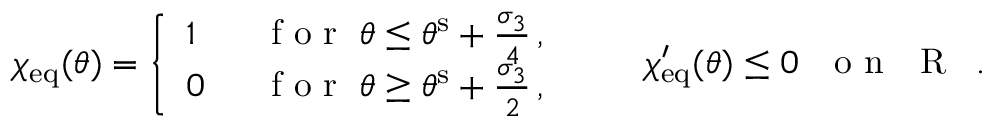
\begin{array} { r } { \chi _ { \mathrm { e q } } ( \theta ) = \left\{ \begin{array} { l l } { 1 } & { \, \, \, \mathrm { ~ f ~ o ~ r ~ } \; \theta \leq \theta ^ { \mathrm { s } } + \frac { \sigma _ { 3 } } { 4 } \, , } \\ { 0 } & { \, \, \, \mathrm { ~ f ~ o ~ r ~ } \; \theta \geq \theta ^ { \mathrm { s } } + \frac { \sigma _ { 3 } } { 2 } \, , } \end{array} \right. \qquad \chi _ { \mathrm { e q } } ^ { \prime } ( \theta ) \leq 0 \, \, \, \, \mathrm { ~ o ~ n ~ \mathbb ~ { ~ R ~ } ~ } \, . } \end{array}